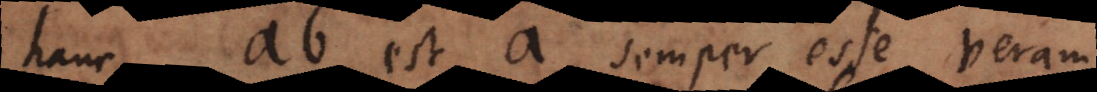
hanc ab est a semper esse veram,